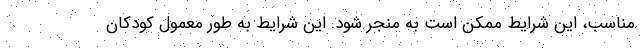
مناسب، این شرایط ممکن است به منجر شود. این شرایط به طور معمول کودکان